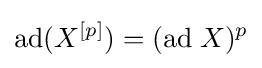
\mathrm {ad} (X^{[p]})=(\mathrm {ad} \;X)^{p}